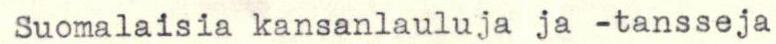
Suomalaisia kansanlauluja ja -tansseja